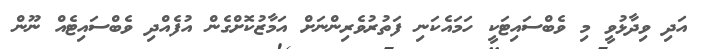
އަދި ވިދާޅުވީ މި ވެބްސައިޓަކީ ހަމައެކަނި ފަތުރުވެރިންނަށް އަމާޒުކޮށްގެން އުފެއްދި ވެބްސައިޓެއް ނޫން